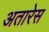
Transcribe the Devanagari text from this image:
अतारेस